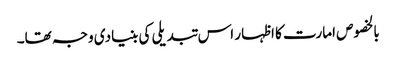
بالخصوص امارت کا اظہار اس تبدیلی کی بنیادی وجہ تھا۔